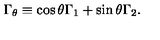
\Gamma _ { \theta } \equiv \cos \theta \Gamma _ { 1 } + \sin \theta \Gamma _ { 2 } .